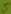
Text: 5